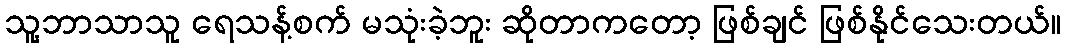
သူ့ဘာသာသူ ရေသန့်စက် မသုံးခဲ့ဘူး ဆိုတာကတော့ ဖြစ်ချင် ဖြစ်နိုင်သေးတယ်။